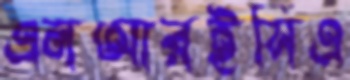
এনআরইসিএ